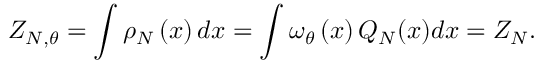
Z _ { N , \theta } = \int \rho _ { N } \left( x \right) d x = \int \omega _ { \theta } \left( x \right) Q _ { N } ( x ) d x = Z _ { N } .